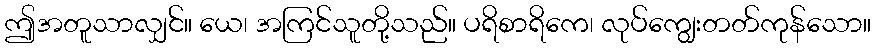
ဤအတူသာလျှင်။ ယေ၊ အကြင်သူတို့သည်။ ပရိစာရိကေ၊ လုပ်ကျွေးတတ်ကုန်သော။